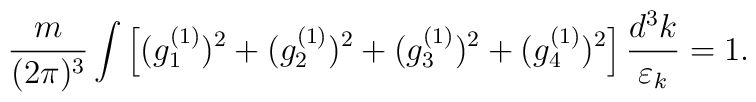
{m\over (2\pi)^3}\int \left[(g^{(1)}_1)^2+ (g^{(1)}_2)^2+(g^{(1)}_3)^2+ (g^{(1)}_4)^2\right] {d^3k\over\varepsilon_k}=1.